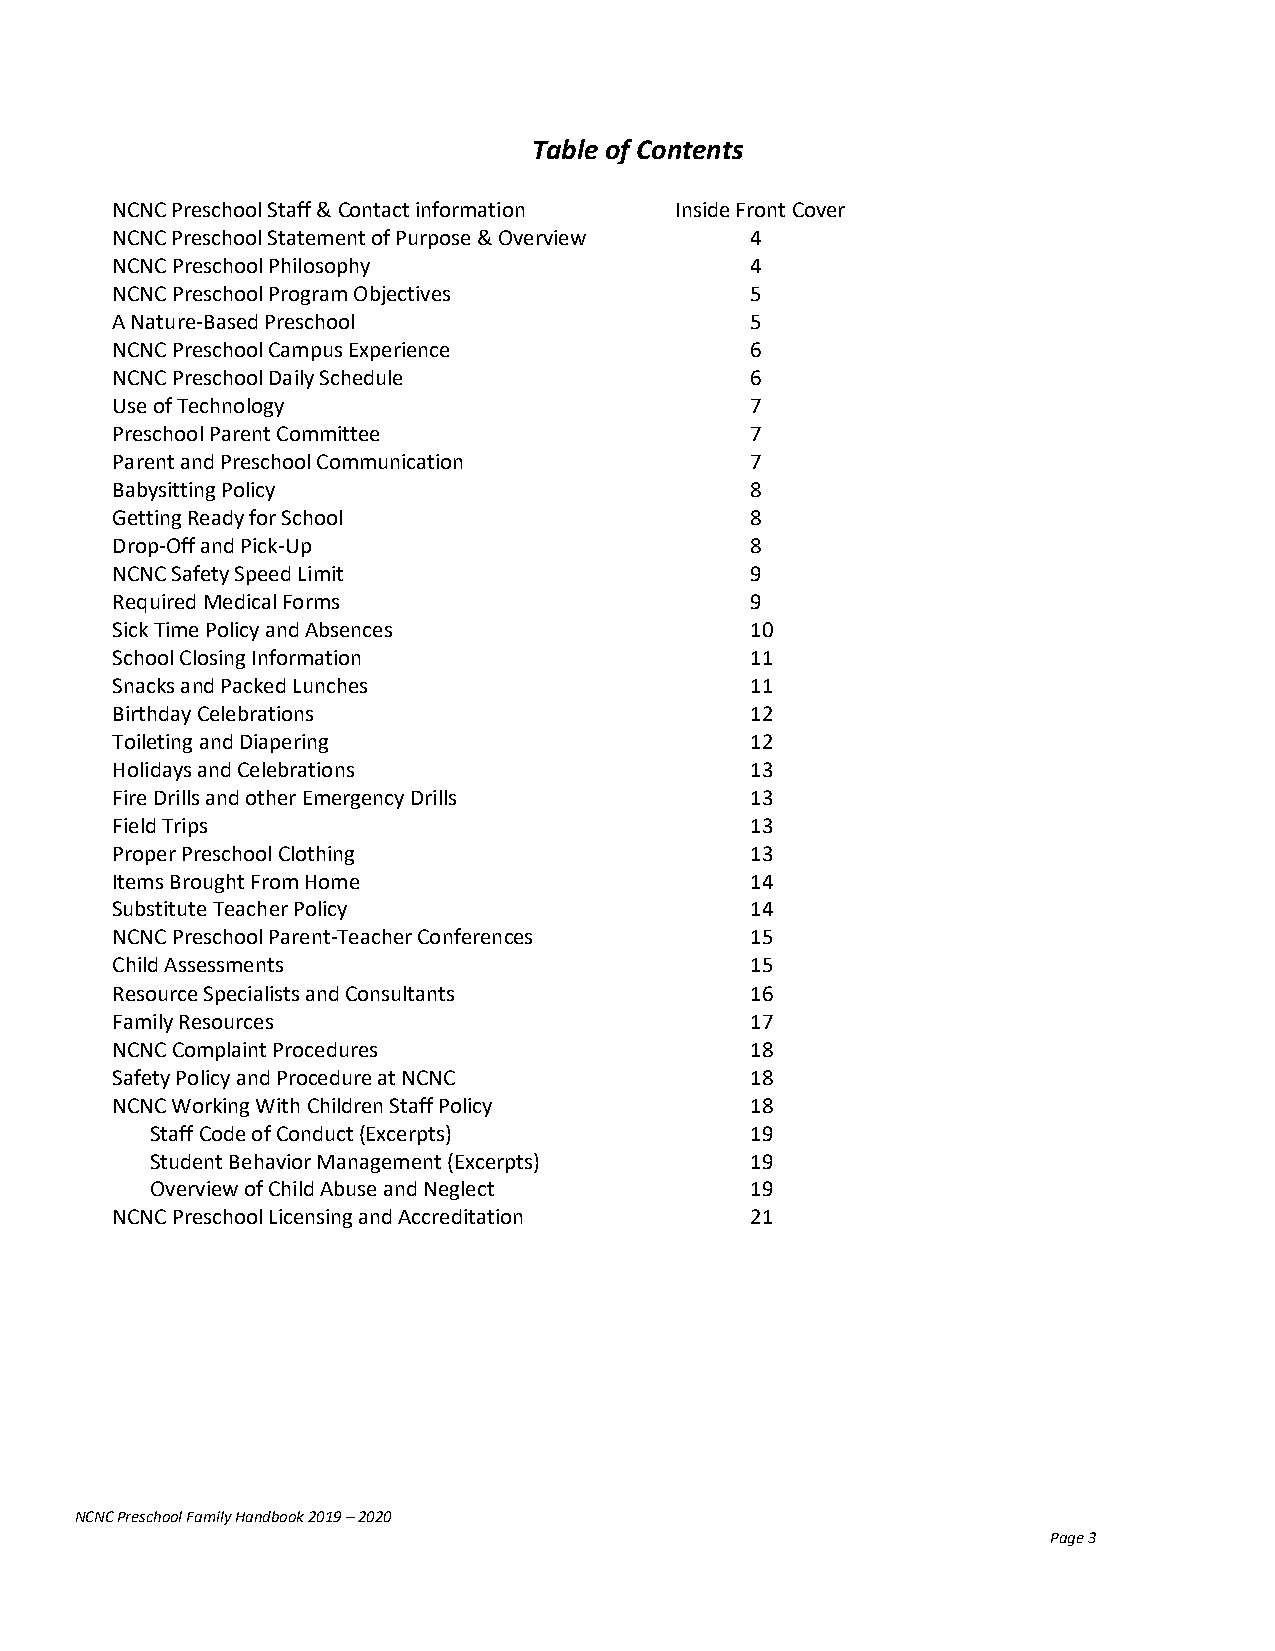
Table of Contents
 NCNC Preschool Staff & Contact information Inside Front Cover
 NCNC Preschool Statement of Purpose & Overview 4
 NCNC Preschool Philosophy                  4
 NCNC Preschool Program Objectives          5
 A Nature-Based Preschool                   5
 NCNC Preschool Campus Experience           6
 NCNC Preschool Daily Schedule              6
 Use of Technology                          7
 Preschool Parent Committee                 7
 Parent and Preschool Communication         7
 Babysitting Policy                         8
 Getting Ready for School                   8
 Drop-Off and Pick-Up                       8
 NCNC Safety Speed Limit                    9
 Required Medical Forms                     9
 Sick Time Policy and Absences              10
 School Closing Information                 11
 Snacks and Packed Lunches                  11
 Birthday Celebrations                      12
 Toileting and Diapering                    12
 Holidays and Celebrations                  13
 Fire Drills and other Emergency Drills     13
 Field Trips                                13
 Proper Preschool Clothing                  13
 Items Brought From Home                    14
 Substitute Teacher Policy                  14
 NCNC Preschool Parent-Teacher Conferences  15
 Child Assessments                          15
 Resource Specialists and Consultants       16
 Family Resources                           17
 NCNC Complaint Procedures                  18
 Safety Policy and Procedure at NCNC        18
 NCNC Working With Children Staff Policy    18
 Staff Code of Conduct (Excerpts)        19
 Student Behavior Management (Excerpts)  19
 Overview of Child Abuse and Neglect     19
 NCNC Preschool Licensing and Accreditation 21
 NCNC Preschool Family Handbook 2019 – 2020
 Page 3